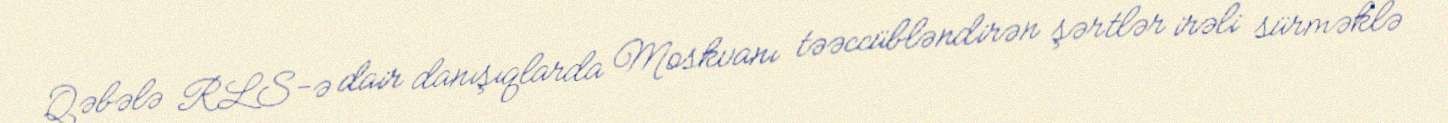
Qəbələ RLS-ə dair danışıqlarda Moskvanı təəccübləndirən şərtlər irəli sürməklə